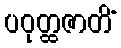
ပဝုတ္ထဇာတိံ